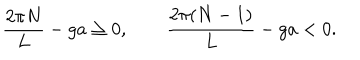
\frac { 2 \pi N } { L } - g a \ge 0 , \qquad \frac { 2 \pi ( N - 1 ) } { L } - g a < 0 .